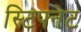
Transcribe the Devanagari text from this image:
स्टिफ्नेट